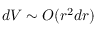
d V \sim O ( r ^ { 2 } d r )